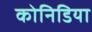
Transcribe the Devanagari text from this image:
कोनिडिया